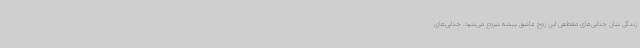
زندگی شان جدایی‌های مقطعی این زوج عاشق پیشه شروع می‌شود. جدایی‌های